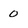
Character: 0